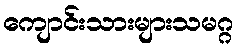
ကျောင်းသားများသမဂ္ဂ